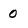
Character: 0